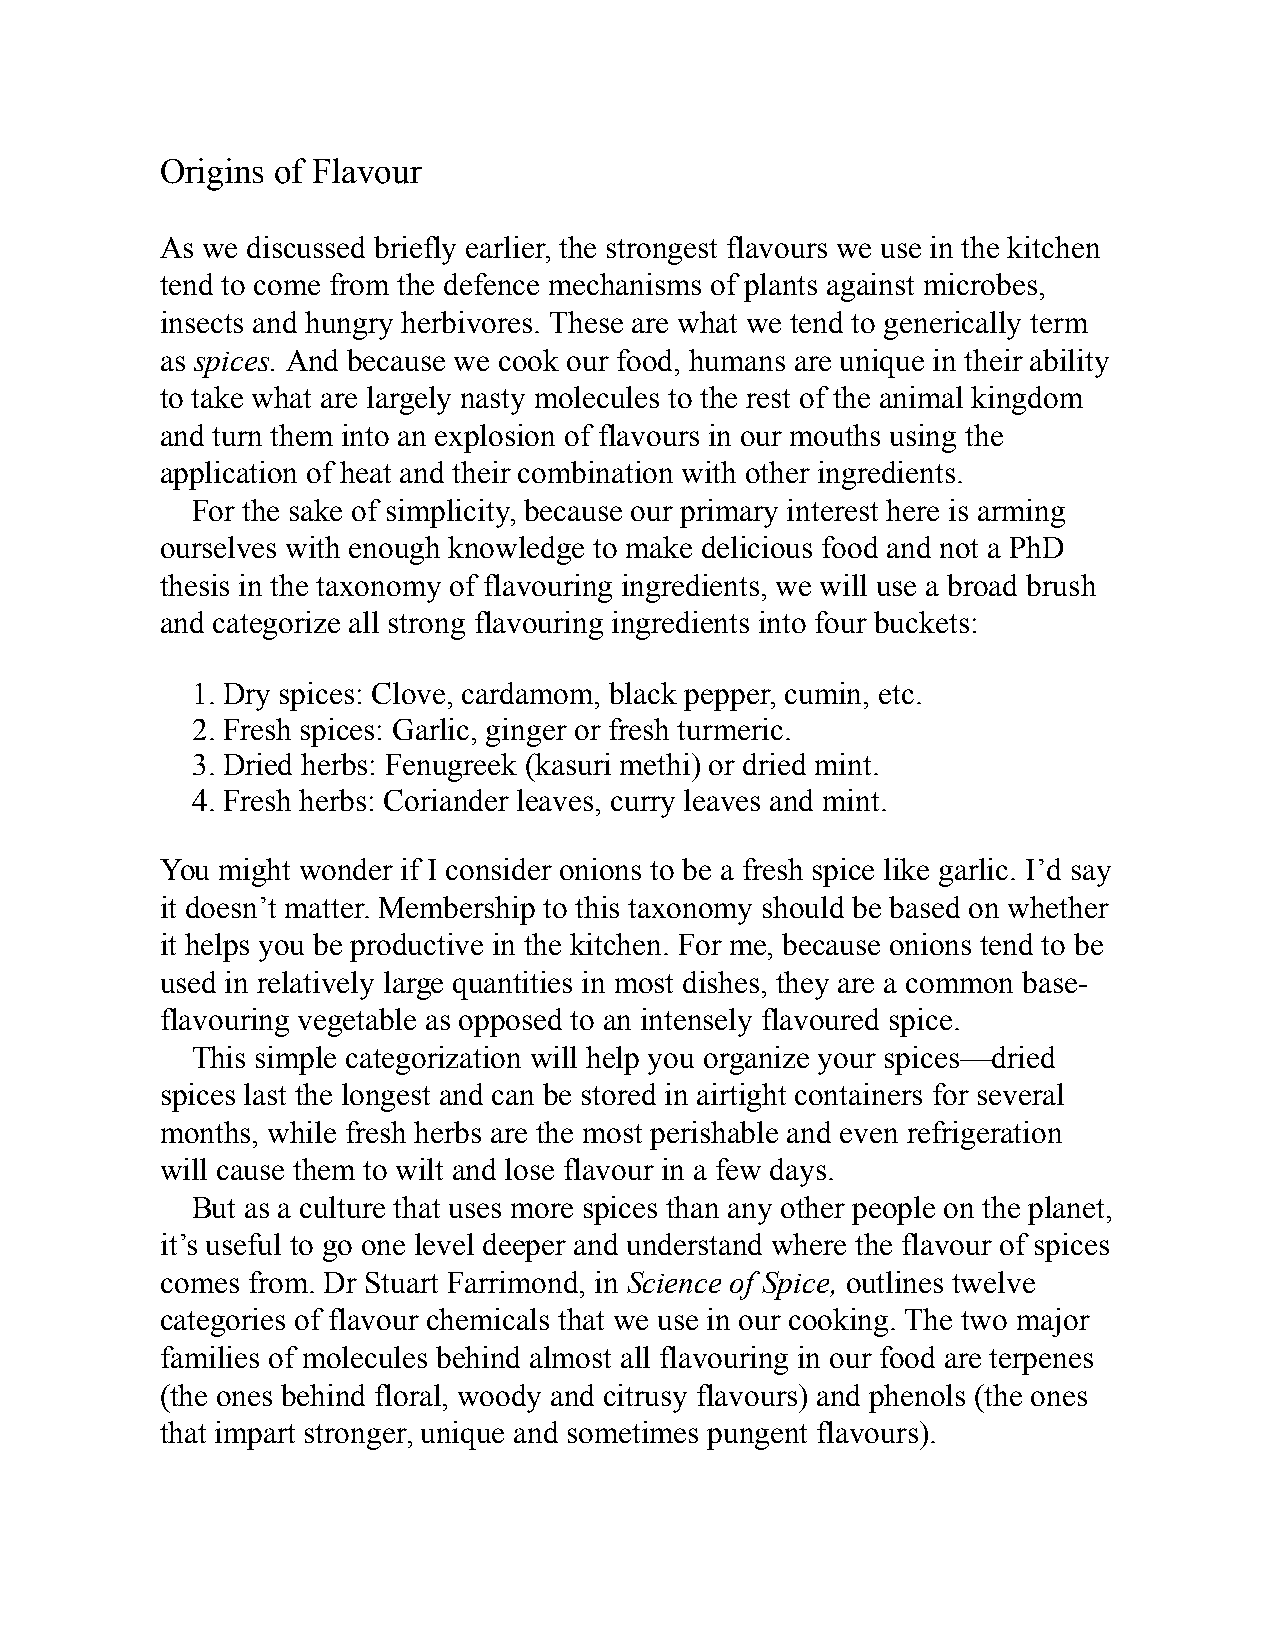
Origins of Flavour
 As we discussed briefly earlier, the strongest flavours we use in the kitchen
 tend to come from the defence mechanisms of plants against microbes,
 insects and hungry herbivores. These are what we tend to generically term
 as spices. And because we cook our food, humans are unique in their ability
 to take what are largely nasty molecules to the rest of the animal kingdom
 and turn them into an explosion of flavours in our mouths using the
 application of heat and their combination with other ingredients.
 For the sake of simplicity, because our primary interest here is arming
 ourselves with enough knowledge to make delicious food and not a PhD
 thesis in the taxonomy of flavouring ingredients, we will use a broad brush
 and categorize all strong flavouring ingredients into four buckets:
 1. Dry spices: Clove, cardamom, black pepper, cumin, etc.
 2. Fresh spices: Garlic, ginger or fresh turmeric.
 3. Dried herbs: Fenugreek (kasuri methi) or dried mint.
 4. Fresh herbs: Coriander leaves, curry leaves and mint.
 You might wonder if I consider onions to be a fresh spice like garlic. I’d say
 it doesn’t matter. Membership to this taxonomy should be based on whether
 it helps you be productive in the kitchen. For me, because onions tend to be
 used in relatively large quantities in most dishes, they are a common base-
 flavouring vegetable as opposed to an intensely flavoured spice.
 This simple categorization will help you organize your spices—dried
 spices last the longest and can be stored in airtight containers for several
 months, while fresh herbs are the most perishable and even refrigeration
 will cause them to wilt and lose flavour in a few days.
 But as a culture that uses more spices than any other people on the planet,
 it’s useful to go one level deeper and understand where the flavour of spices
 comes from. Dr Stuart Farrimond, in Science of Spice, outlines twelve
 categories of flavour chemicals that we use in our cooking. The two major
 families of molecules behind almost all flavouring in our food are terpenes
 (the ones behind floral, woody and citrusy flavours) and phenols (the ones
 that impart stronger, unique and sometimes pungent flavours).